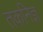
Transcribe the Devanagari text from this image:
तकनिज्ञ